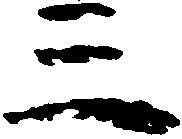
三